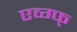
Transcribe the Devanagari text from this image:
एव्ग्फ्